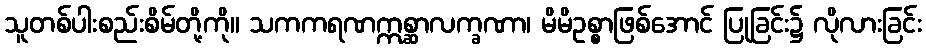
သူတစ်ပါးစည်းစိမ်တို့ကို။ သကကရဏဣစ္ဆာလက္ခဏာ၊ မိမိဥစ္စာဖြစ်အောင် ပြုခြင်း၌ လိုလားခြင်း